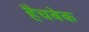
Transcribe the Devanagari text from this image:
हैचबेक